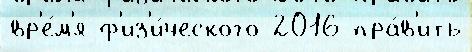
вр'е́м'я ф'из'и́ческого 2016 пра́в'ить